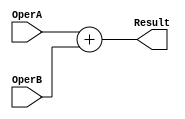
`timescale 1ns / 1ps
//////////////////////////////////////////////////////////////////////////////////
// Company: 
// Engineer: 
// 
// Design Name: 
// Module Name:    Add 
// Project Name: 
// Target Devices: 
// Tool versions: 
// Description: 
//
// Dependencies: 
//
// Revision: 
// Revision 0.01 - File Created
// Additional Comments: 
//
//////////////////////////////////////////////////////////////////////////////////
module Add#(parameter WITH = 8)
	(input [WITH-1:0] OperA,
    input [WITH-1:0] OperB,
    output reg [WITH-1:0] Result);	 
	 
	 always @*
		begin
			Result = OperA + OperB;
		end
	

endmodule